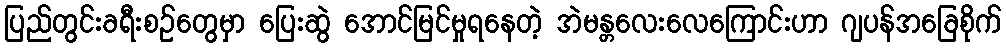
ပြည်တွင်းခရီးစဉ်တွေမှာ ပြေးဆွဲ အောင်မြင်မှုရနေတဲ့ အဲမန္တလေးလေကြောင်းဟာ ဂျပန်အခြေစိုက်